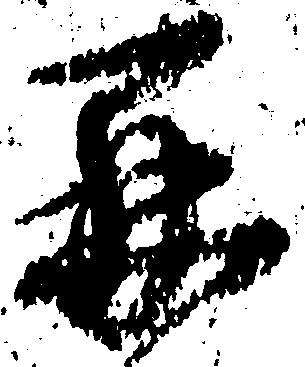
再